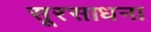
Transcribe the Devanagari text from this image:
सूरसाधना